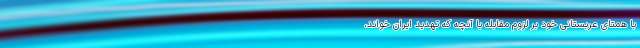
با همتای عربستانی خود بر لزوم مقابله با آنچه که تهدید ایران خواند،